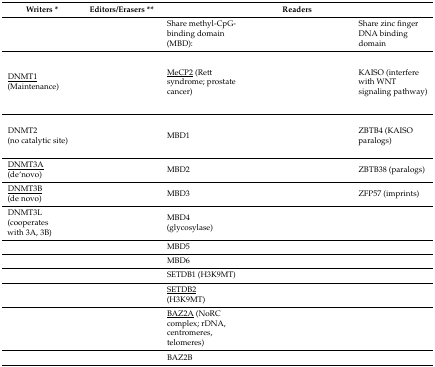
<table><thead><tr><td><b>Writers *</b></td><td><b>Editors/Erasers **</b></td><td colspan="3"><b>Readers</b></td></tr></thead><tbody><tr><td>[EMPTY_CELL]</td><td>[EMPTY_CELL]</td><td>Share methyl-CpG- binding domain (MBD):</td><td>[EMPTY_CELL]</td><td>Share zinc finger DNA binding domain</td></tr><tr><td><underline>DNMT1</underline> (Maintenance)</td><td>[EMPTY_CELL]</td><td><underline>MeCP2</underline> (Rett syndrome; prostate cancer)</td><td>[EMPTY_CELL]</td><td>KAISO (interfere with WNT signaling pathway)</td></tr><tr><td>DNMT2 (no catalytic site)</td><td>[EMPTY_CELL]</td><td>MBD1</td><td>[EMPTY_CELL]</td><td>ZBTB4 (KAISO paralogs)</td></tr><tr><td><underline>DNMT3A</underline> (de novo)</td><td>[EMPTY_CELL]</td><td>MBD2</td><td>[EMPTY_CELL]</td><td>ZBTB38 (paralogs)</td></tr><tr><td><underline>DNMT3B</underline> (de novo)</td><td>[EMPTY_CELL]</td><td>MBD3</td><td>[EMPTY_CELL]</td><td>ZFP57 (imprints)</td></tr><tr><td>DNMT3L (cooperates with 3A, 3B)</td><td>[EMPTY_CELL]</td><td>MBD4 (glycosylase)</td><td>[EMPTY_CELL]</td><td>[EMPTY_CELL]</td></tr><tr><td>[EMPTY_CELL]</td><td>[EMPTY_CELL]</td><td>MBD5</td><td>[EMPTY_CELL]</td><td>[EMPTY_CELL]</td></tr><tr><td>[EMPTY_CELL]</td><td>[EMPTY_CELL]</td><td>MBD6</td><td>[EMPTY_CELL]</td><td>[EMPTY_CELL]</td></tr><tr><td>[EMPTY_CELL]</td><td>[EMPTY_CELL]</td><td>SETDB1 (H3K9MT)</td><td>[EMPTY_CELL]</td><td>[EMPTY_CELL]</td></tr><tr><td>[EMPTY_CELL]</td><td>[EMPTY_CELL]</td><td><underline>SETDB2</underline> (H3K9MT)</td><td>[EMPTY_CELL]</td><td>[EMPTY_CELL]</td></tr><tr><td>[EMPTY_CELL]</td><td>[EMPTY_CELL]</td><td><underline>BAZ2A</underline> (NoRC complex; rDNA, centromeres, telomeres)</td><td>[EMPTY_CELL]</td><td>[EMPTY_CELL]</td></tr><tr><td>[EMPTY_CELL]</td><td>[EMPTY_CELL]</td><td>BAZ2B</td><td>[EMPTY_CELL]</td><td>[EMPTY_CELL]</td></tr></tbody></table>